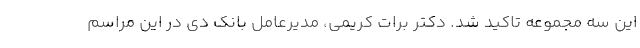
این سه مجموعه تاکید شد. دکتر برات کریمی، مدیرعامل بانک دی در این مراسم